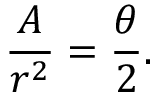
{ \frac { A } { r ^ { 2 } } } = { \frac { \theta } { 2 } } .